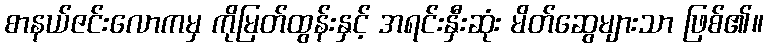
စာနယ်ဇင်းလောကမှ ကိုမြတ်ထွန်းနှင့် အရင်းနှီးဆုံး မိတ်ဆွေများသာ ဖြစ်၏။